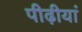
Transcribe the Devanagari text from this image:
पीढ़ीयां